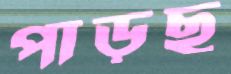
পাড়ছ